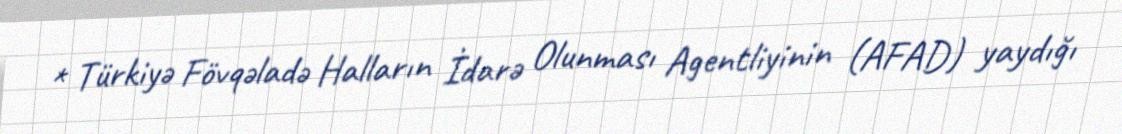
* Türkiyə Fövqəladə Halların İdarə Olunması Agentliyinin (AFAD) yaydığı